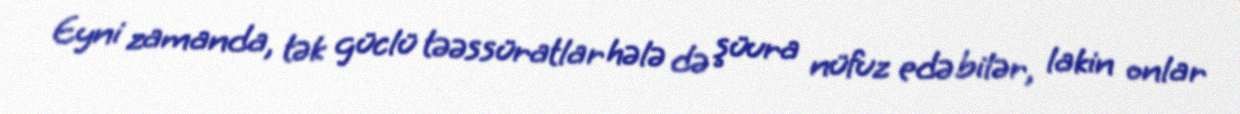
Eyni zamanda, tək güclü təəssüratlar hələ də şüura nüfuz edə bilər, lakin onlar